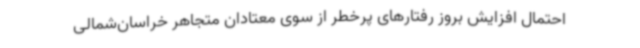
احتمال افزایش بروز رفتارهای پرخطر از سوی معتادان متجاهر خراسان‌شمالی